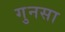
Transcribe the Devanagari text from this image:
गुनसा